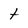
Character: t